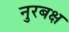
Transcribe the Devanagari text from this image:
नुरबक्ष